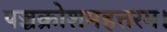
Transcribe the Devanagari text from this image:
पञ्चक्रोशमहत्तरम।